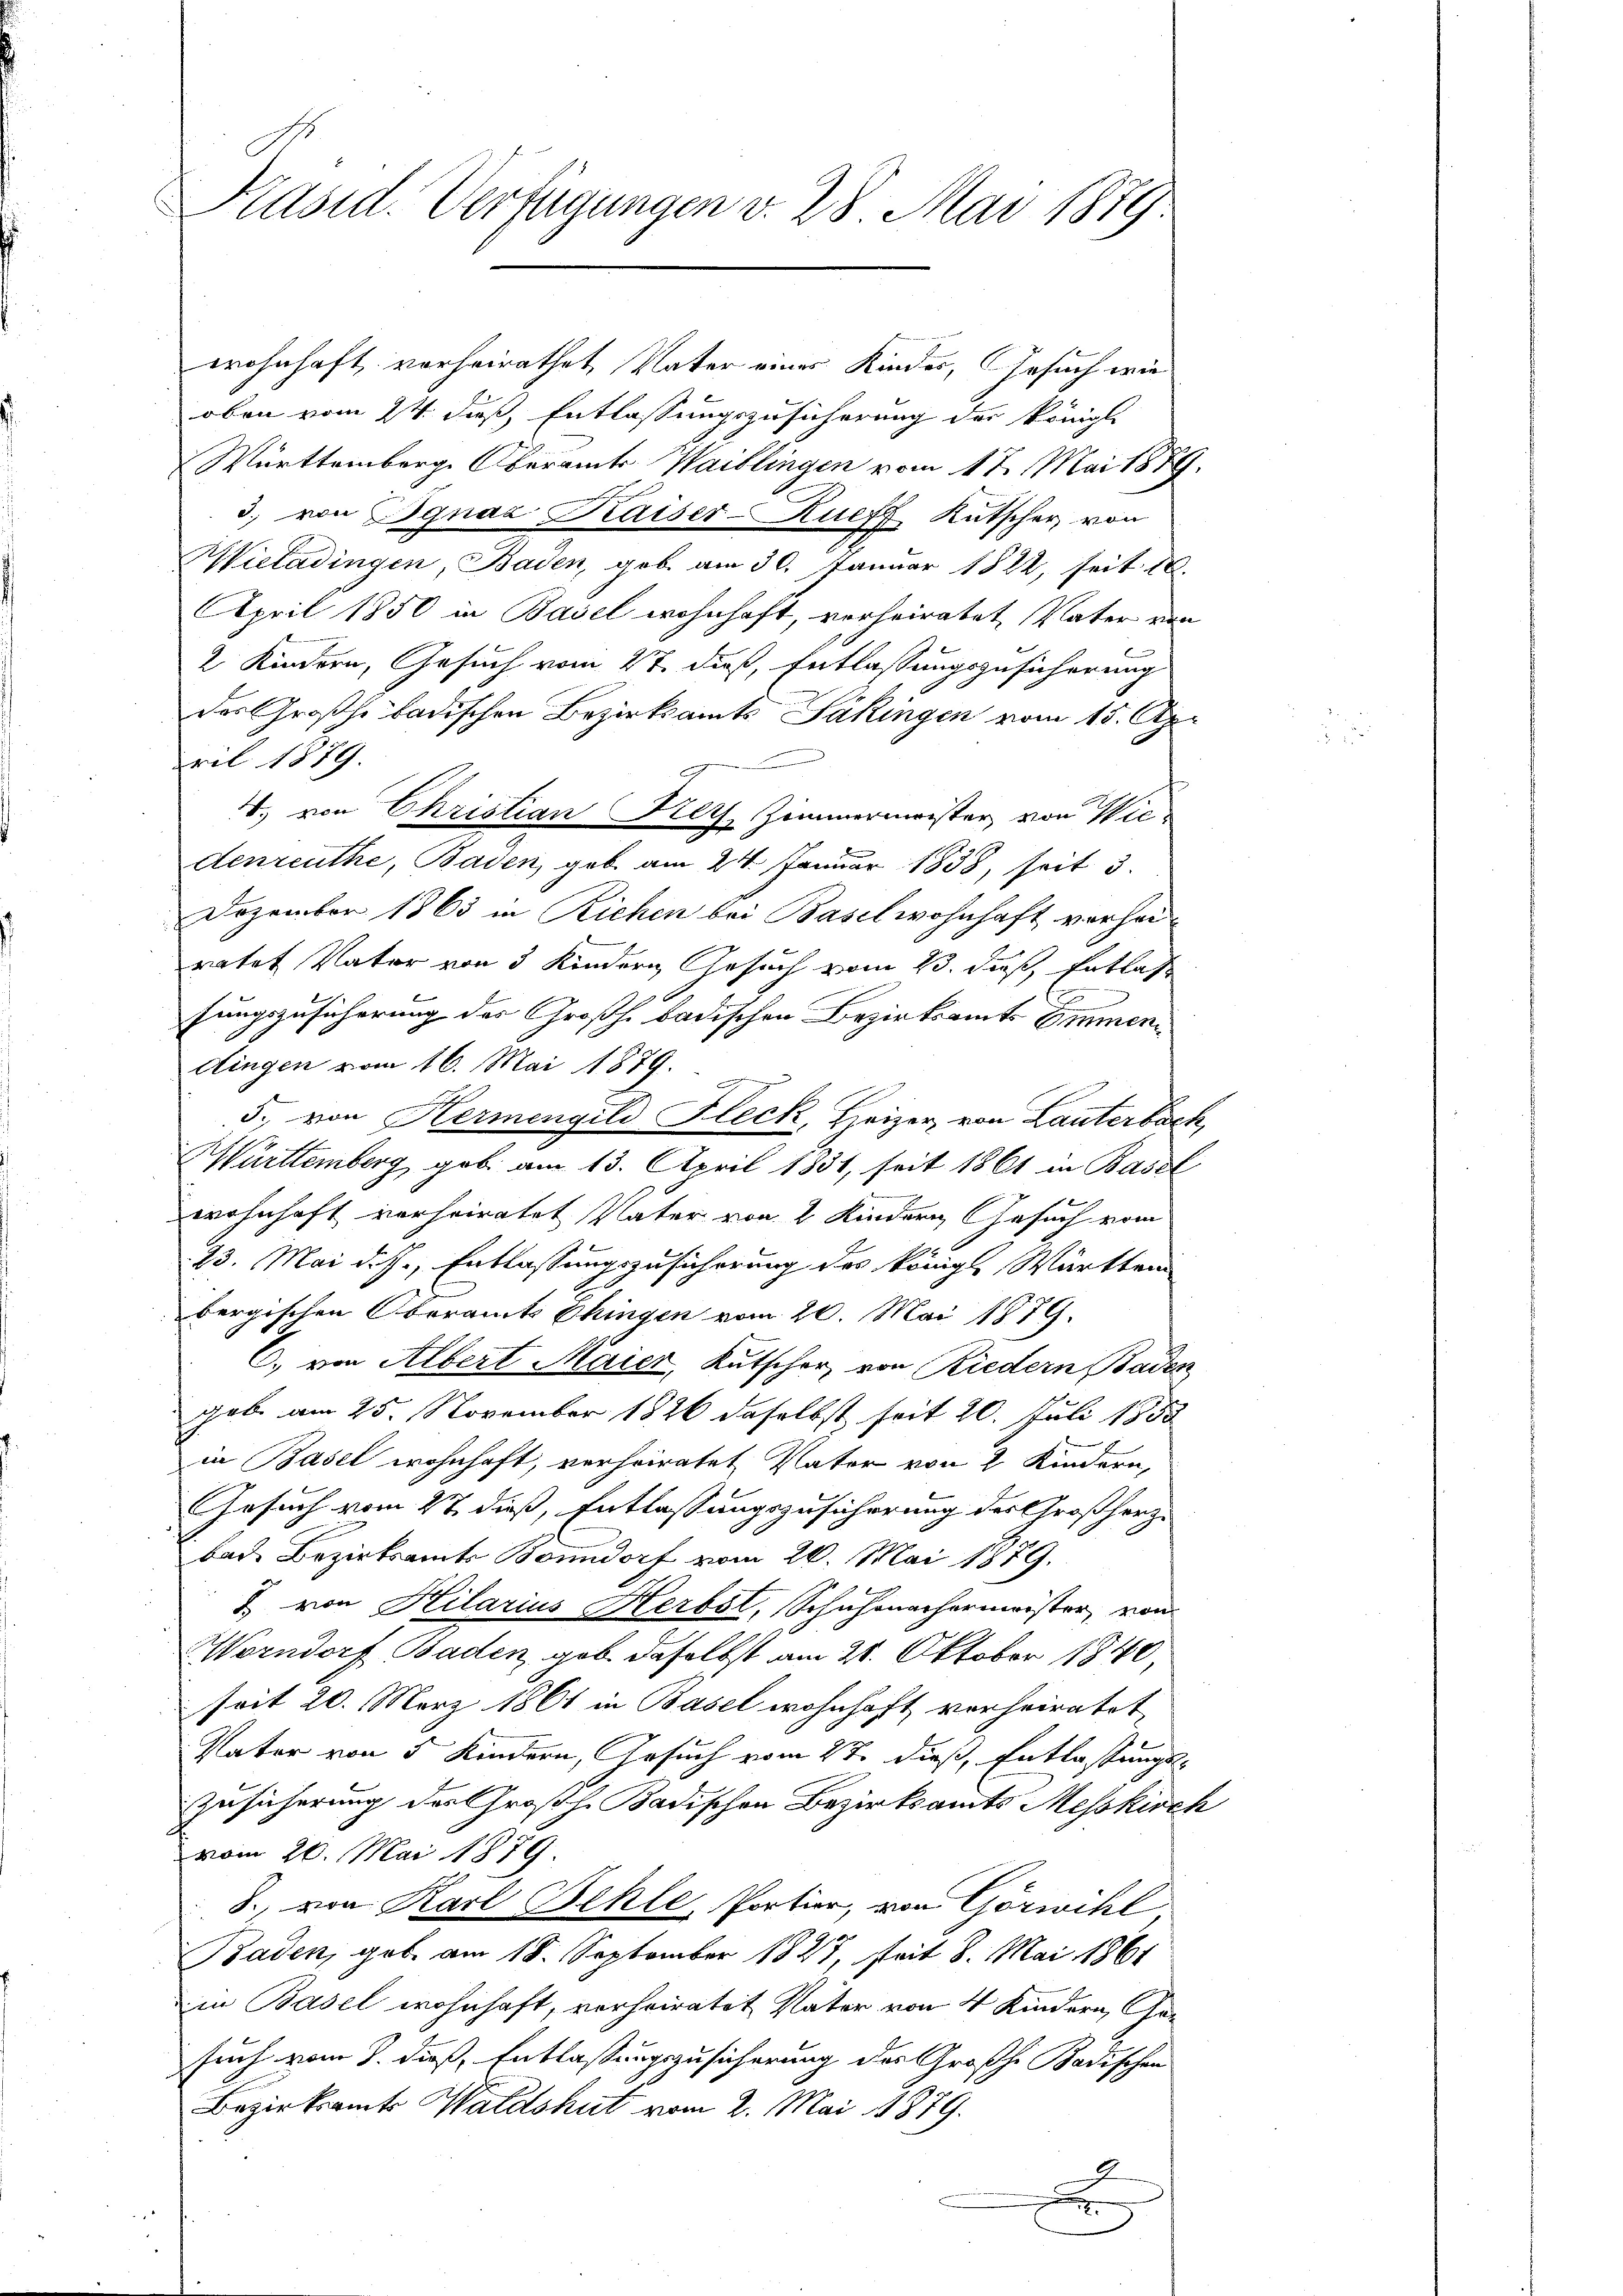
Präsid. Verfügungen v. 28 Mai 1879

wohnhaft vorheirathet, Vater eines Kinder, Gesuch wie
oben vom 24. dieß, Entlassungszusicherung der königl.
Württemberg. Oberamts Waiblingen vom 17. Mai 1879.
3. von Ignaz Kaiser-Rueff Kutscher von
Wieladingen, Baden, geb. am 30. Januar 1822, seit 18
April 1850 in Basel wohnhaft, verheiratet, Vater von
2 Kindern, Gesuch vom 27. daß, Entlassungszusicherung
der Großhe badischen Bezirksamts Säkingen vom 15. Apr
agemeinen
ril 1879.
4., von Christian Kers Zimmermeister, von Wiedenreuthe, Baden, gab am 24. Januar 1838, seit 3.
Dezember 1865 in Richen bei Basel wohnhaft vorhei-
ratet Vater von 5 Kindern Gesuch vom 23. daß Entlass
sungszusicherung des Großh. badischen Bezirksamt Emmen
dingen vom 16. Mai 1879.
5. von Hermengeld Fleck, Heizer, von Lauterböck,
Württemberg, geb. am 13. April 1831, seit 1861 in Basel
wohnhaft verheiratet Vater von 2 Kindern Gesuch vom
23. Mai disse, Entlassungszusicherung des königl. Württem
bergischen Oberamts Chingen vom 20. Mai 1879.
C., von Albert Maier, Kutscher von Riedern Baden
gab am 25. November 1826 daselbst seit 20. Juli 1883
in Basel wohnhaft, verheiratet, Vater von 2 Kindern,
Gesuch vom 27. dieß, Entlassungszusicherung des Großherz-
bad. Bezirksamts Bonndorf vom 20. Mai 1879.
J. von Hilarius Herbst, Schuhmachermeister, von
Worndorf Baden, gab daselbst am 28. Oktober 1840,
seit 20. März 1861 in Basel wohnhaft vorheiratet
Vater von 5 Kindern, Gesuch vom 27. dieß, Entlassungs-
Zusicherung der Großh. Badischen Bezirksamts Messkisch
vom 20. Mai 1879
8., von Karl Behle, Portier, von Görwihl
Baden, geb. am 18. September 1847, seit 8. Mai 1861
in Basel wohnhaft, verheiratet Vater von 4 Kindern, Gesuch vom 8. dieß, Entlassungszusicherung des Großhe Badischen
Bezirksamts Waldshut vom 2. Mai 1879.
x